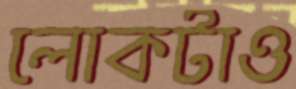
লোকটাও